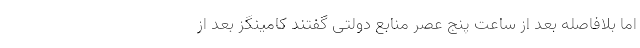
اما بلافاصله بعد از ساعت پنج عصر منابع دولتی گفتند کامینگز بعد از